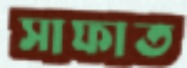
সাফাত